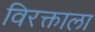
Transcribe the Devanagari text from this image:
विरक्ताला